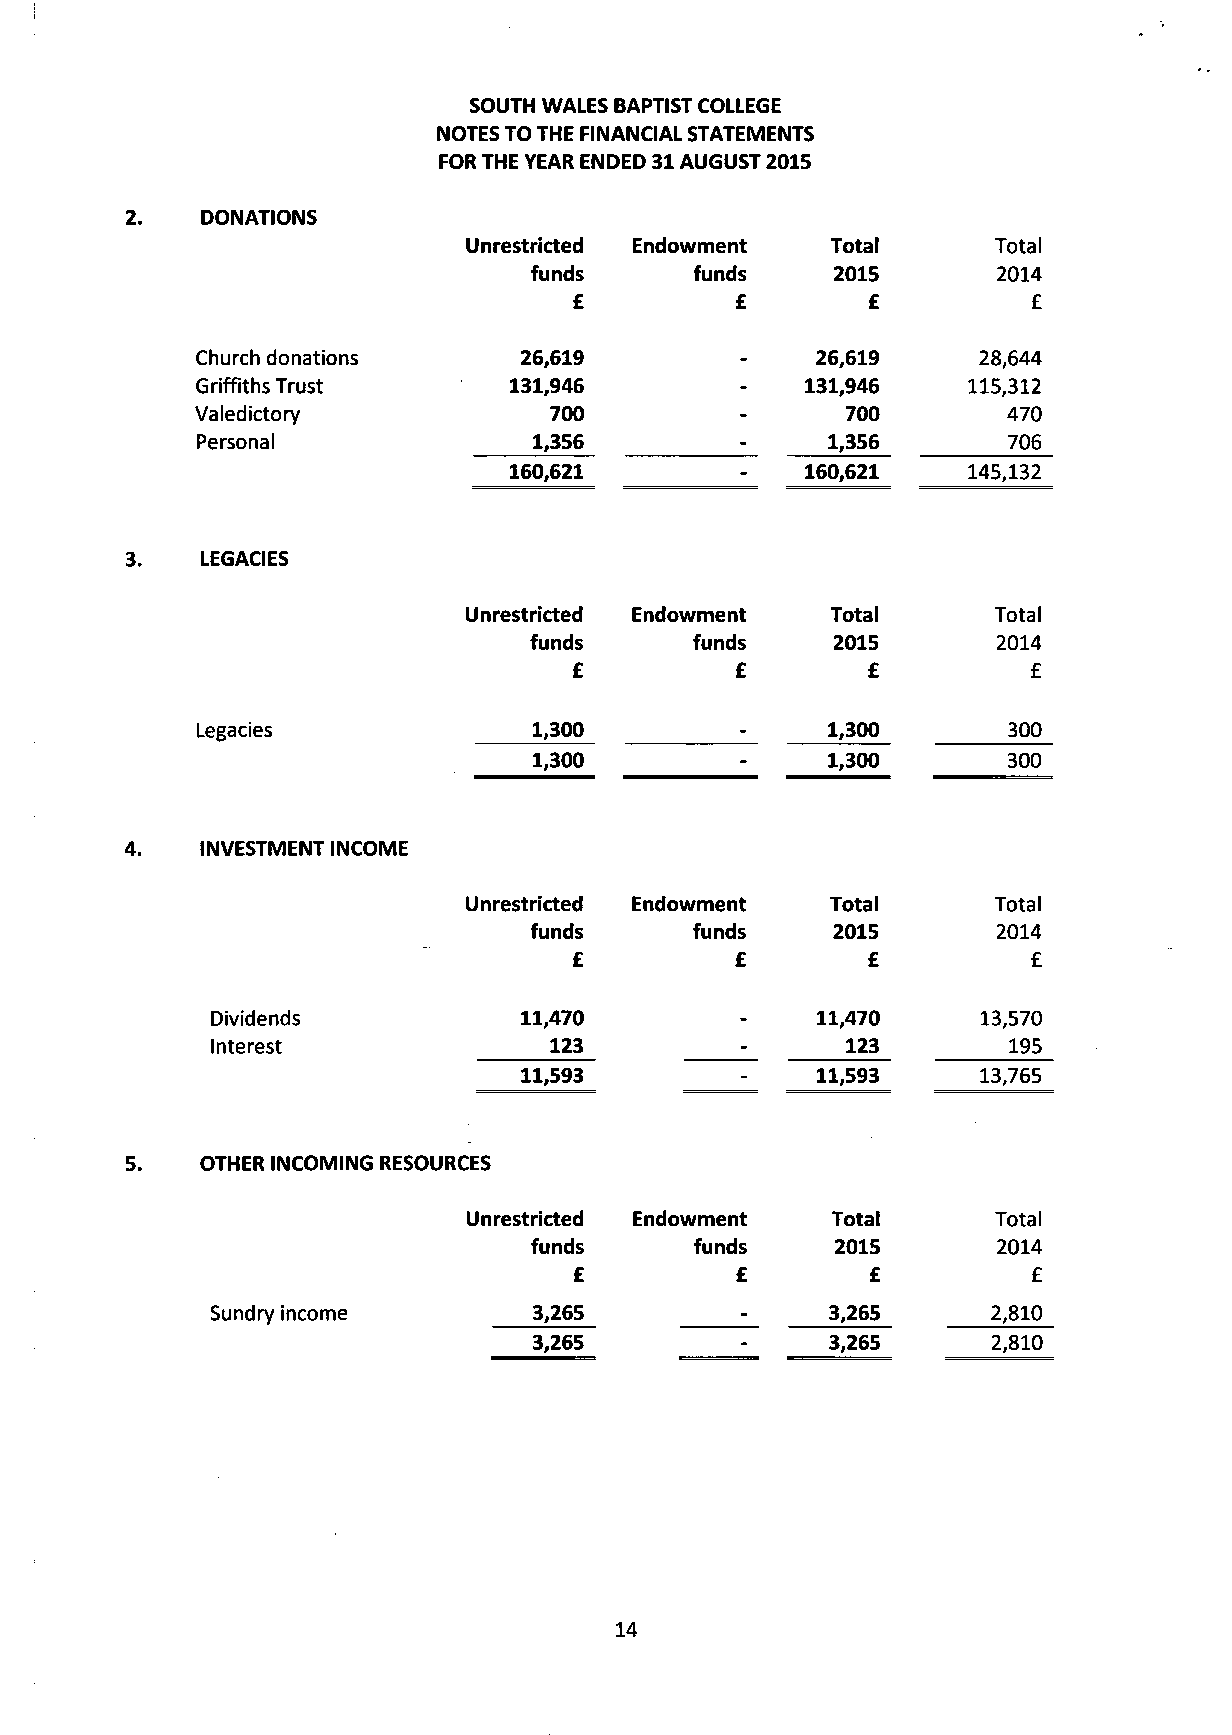
SOUTH WALES BAPTIST COLLEGE
 NOTES TO THE FINANCIAL STATEMENTS
 FOR THE YEAR ENDED 31 AUGUST 2015
 2.   DONATIONS
 Unrestricted Endowment  Total      Total
 funds      funds    2015      2014
 £          £       £          £
 Church donations      26,619        -    26,619     28,644
 Griffiths Trust      131,946        -    131,946   115,312
 Valedictory            700          -      700       470
 Personal              1,356         -_    1,356      706
 160,621        -   160,621    145,132
 3.   LEGACIES
 Unrestricted Endowment  Total      Total
 funds      funds    2015      2014
 £          £       £          £
 Legacies              1,300         -_    1,300       300
 1,300         -     1,300       300
 4.   INVESTMENT INCOME
 Unrestricted Endowment  Total      Total
 funds      funds    2015      2014
 £          £       £          £
 Dividends            11,470        -    11,470     13,570
 Interest              123          -_     123       195
 11,593         -    11,593     13,765
 5.   OTHER INCOMING RESOURCES
 Unrestricted Endowment  Total      Total
 funds      funds    2015      2014
 £          £        £         £
 Sundry income        3,265         -_    3,265     2,810
 3,265         -     3,265      2,810
 14